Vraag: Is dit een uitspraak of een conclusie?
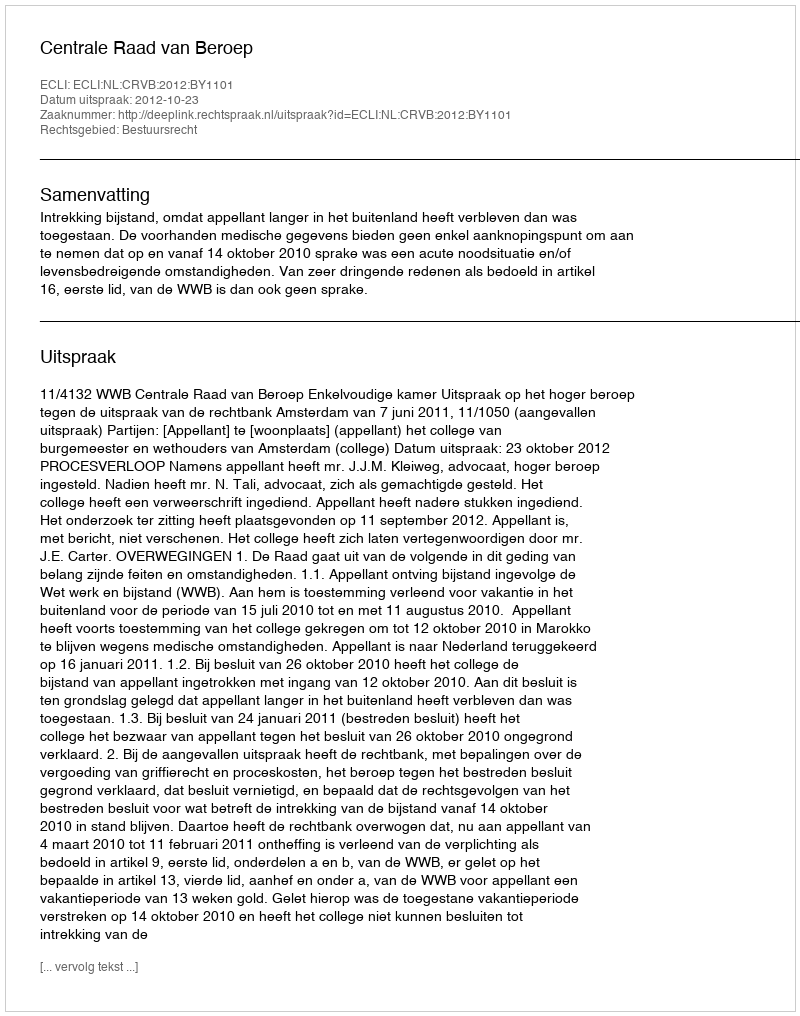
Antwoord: Uitspraak